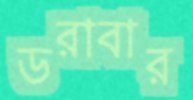
ডরাবার